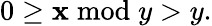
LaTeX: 0\geq\mathbf{x}{\bmod{y}}>y.